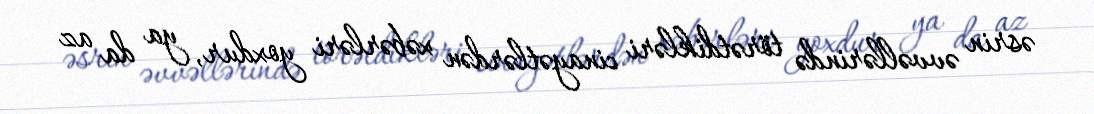
əsrin əvvəllərində törətdikləri cinayətlərdən xəbərləri yoxdur, ya da az